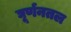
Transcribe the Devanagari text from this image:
घूर्णनतल